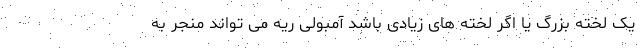
یک لخته بزرگ یا اگر لخته های زیادی باشد آمبولی ریه می تواند منجر به